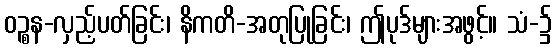
ဝဉ္စန-လှည့်ပတ်ခြင်း၊ နိကတိ-အတုပြုခြင်း၊ ဤပုဒ်များအဖွင့်။ သံ-၌